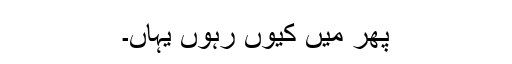
پھر میں کیوں رہوں یہاں۔